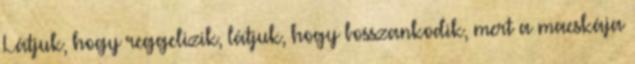
Látjuk, hogy reggelizik, látjuk, hogy bosszankodik, mert a macskája